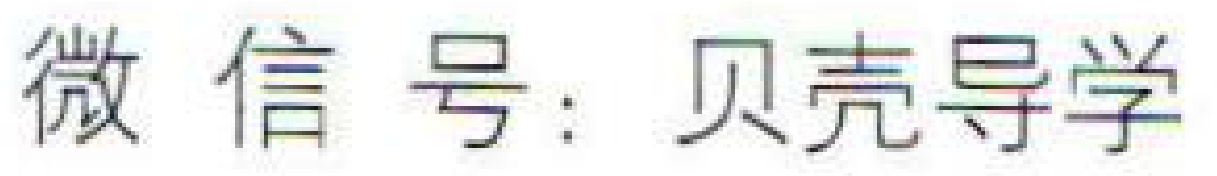
微信号：贝壳导学